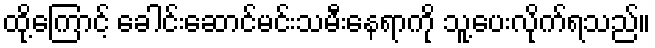
ထို့ကြောင့် ခေါင်းဆောင်မင်းသမီးနေရာကို သူ့ပေးလိုက်ရသည်။